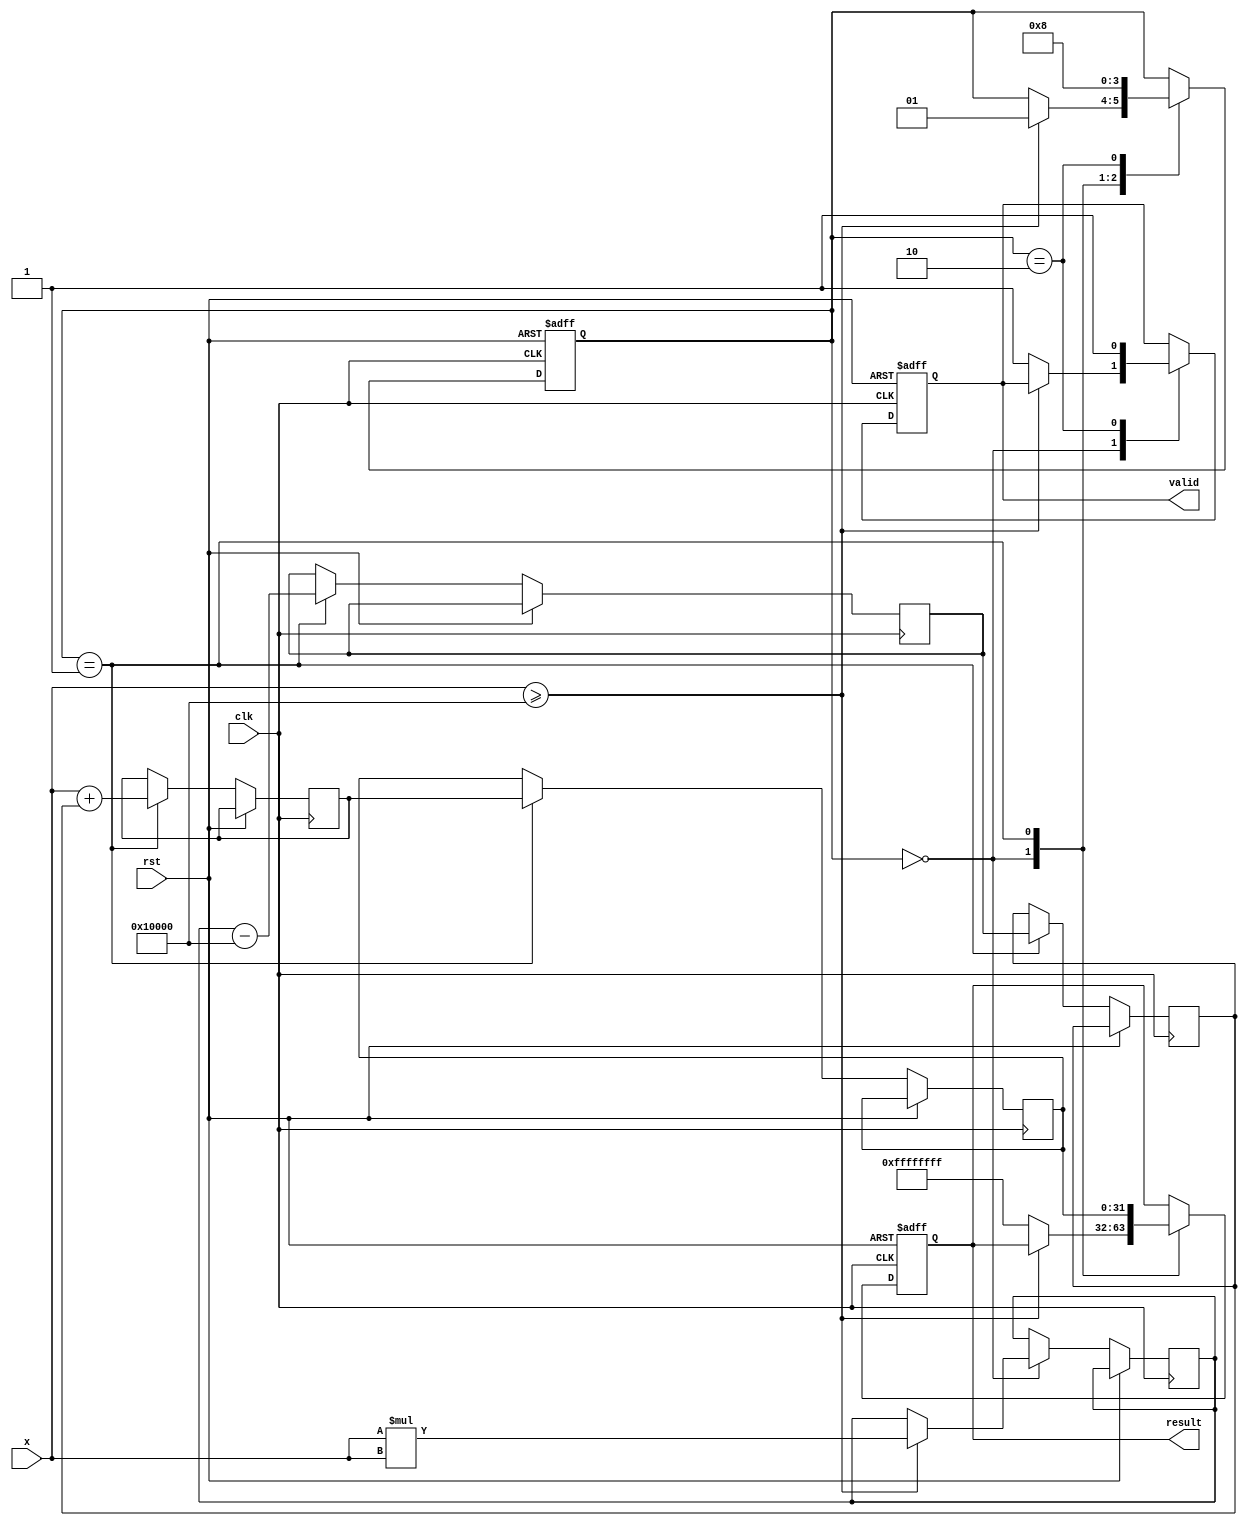
module acosh(
    input wire clk,
    input wire rst,
    input wire [31:0] x, // Input value (fixed-point representation)
    output reg [31:0] result, // Output value (fixed-point representation)
    output reg valid // Indicates if the output is valid
);

    // Parameters for fixed-point representation
    parameter FIXED_POINT_FRACTIONAL_BITS = 16; // Number of fractional bits
    parameter FIXED_POINT_INTEGER_BITS = 16; // Number of integer bits

    // Internal signals
    reg [31:0] x_squared;
    reg [31:0] x_squared_minus_one;
    reg [31:0] sqrt_x_squared_minus_one;
    reg [31:0] ln_input;
    reg [31:0] ln_result;
    reg [1:0] state; // State machine for processing
    reg error_flag;

    // State encoding
    localparam IDLE = 2'b00;
    localparam CALC = 2'b01;
    localparam DONE = 2'b10;

    // Square root and logarithm functions (placeholders)
    function [31:0] sqrt(input [31:0] value);
        // Implement square root calculation here (e.g., using CORDIC or Newton's method)
        // Placeholder implementation
        sqrt = value; // Replace with actual square root logic
    endfunction

    function [31:0] ln(input [31:0] value);
        // Implement natural logarithm calculation here (e.g., using Taylor series or other methods)
        // Placeholder implementation
        ln = value; // Replace with actual logarithm logic
    endfunction

    // State machine for processing
    always @(posedge clk or posedge rst) begin
        if (rst) begin
            state <= IDLE;
            result <= 32'b0;
            valid <= 1'b0;
            error_flag <= 1'b0;
        end else begin
            case (state)
                IDLE: begin
                    if (x >= 32'h00010000) begin // Check if x >= 1 (fixed-point representation)
                        x_squared <= x * x; // Calculate x^2
                        state <= CALC;
                        error_flag <= 1'b0;
                    end else begin
                        result <= 32'hFFFFFFFF; // NaN or error value
                        valid <= 1'b1;
                        error_flag <= 1'b1;
                    end
                end

                CALC: begin
                    x_squared_minus_one <= x_squared - 32'h00010000; // x^2 - 1
                    sqrt_x_squared_minus_one <= sqrt(x_squared_minus_one); // sqrt(x^2 - 1)
                    ln_input <= x + sqrt_x_squared_minus_one; // x + sqrt(x^2 - 1)
                    ln_result <= ln(ln_input); // ln(x + sqrt(x^2 - 1))
                    result <= ln_result; // Set result
                    state <= DONE;
                end

                DONE: begin
                    valid <= 1'b1; // Output is valid
                    state <= IDLE; // Reset state
                end
            endcase
        end
    end

endmodule